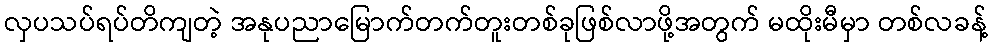
လှပသပ်ရပ်တိကျတဲ့ အနုပညာမြောက်တက်တူးတစ်ခုဖြစ်လာဖို့အတွက် မထိုးမီမှာ တစ်လခန့်